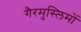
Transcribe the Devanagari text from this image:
गैरमुस्लिमों